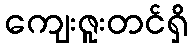
ကျေးဇူးတင်ရှိ